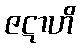
ဇဋာဟိ